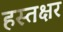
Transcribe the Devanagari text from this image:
हस्तक्षर